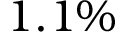
1 . 1 \%